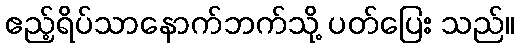
ဧည့်ရိပ်သာနောက်ဘက်သို့ ပတ်ပြေး သည်။